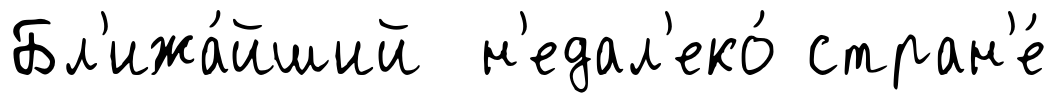
Бл'ижа́йший н'едал'еко́ стран'е́